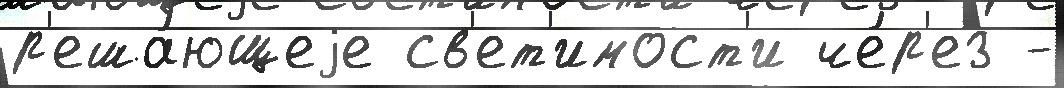
р'еша́ющеjе св'ет'имост'и че́р'ез -